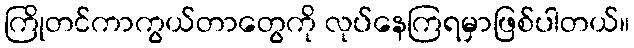
ကြိုတင်ကာကွယ်တာတွေကို လုပ်နေကြရမှာဖြစ်ပါတယ်။